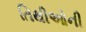
તિથીઓની